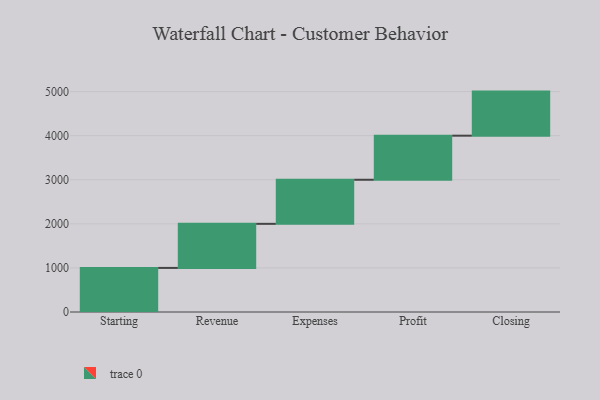
{"axis": {"x": "Step", "y": "Value"}, "legend": [""], "data": [{"x": "Starting", "y": 1000, "type": ""}, {"x": "Revenue", "y": 1000, "type": ""}, {"x": "Expenses", "y": 1000, "type": ""}, {"x": "Profit", "y": 1000, "type": ""}, {"x": "Closing", "y": 1000, "type": ""}]}